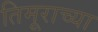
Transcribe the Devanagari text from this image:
तिमूराच्या